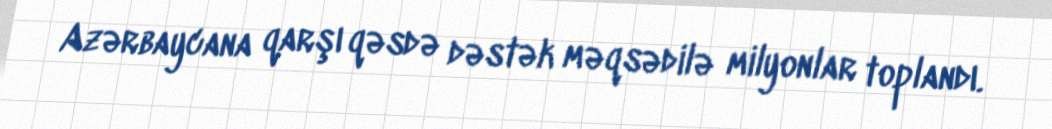
Azərbaycana qarşı qəsdə dəstək məqsədilə milyonlar toplandı.